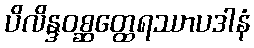
ပိလိန္ဒဝစ္ဆတ္ထေရဿာပဒါနံ